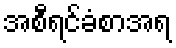
အစီရင်ခံစာအရ